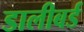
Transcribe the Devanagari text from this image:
डालीबर्ड